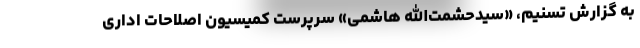
به گزارش تسنیم، «سیدحشمت‌الله هاشمی» سرپرست کمیسیون اصلاحات اداری